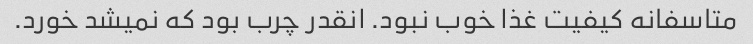
متاسفانه کیفیت غذا خوب نبود. انقدر چرب بود که نمیشد خورد.